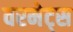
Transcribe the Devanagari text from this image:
वरमेट्स